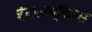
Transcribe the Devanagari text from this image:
इंटरल्यूकिन्स